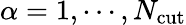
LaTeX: \alpha=1,\cdots,N_{\mathrm{cut}}